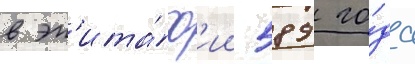
в эп'ита́ф'ии 589 го́да